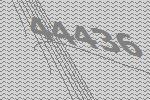
44436